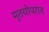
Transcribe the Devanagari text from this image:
मृतयोपरांत